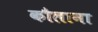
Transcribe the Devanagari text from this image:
कौलाना